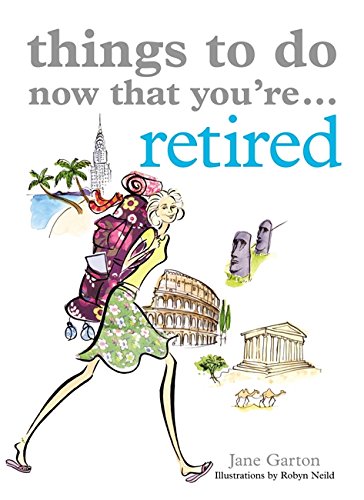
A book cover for Things to Do Now That You're Retired; Jane Garton; Humor & Entertainment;